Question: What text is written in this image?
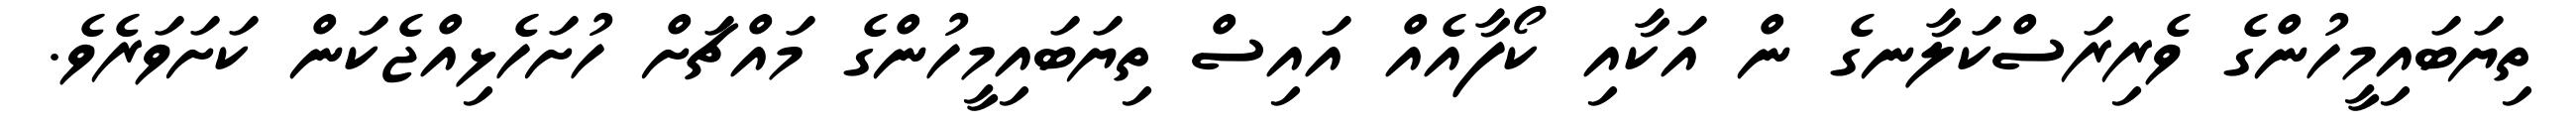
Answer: ތިޔަބައިމީހުންގެ ވެރިރަސްކަލާނގެ ން އަކާއި ކޯފާއެއް އައިސް ތިޔަބައިމީހުންގެ މައްޗަށް ހުށަހެޅިއްޖެކަން ކަށަވަރެވެ.